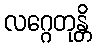
လဂ္ဂေတုန္တိ